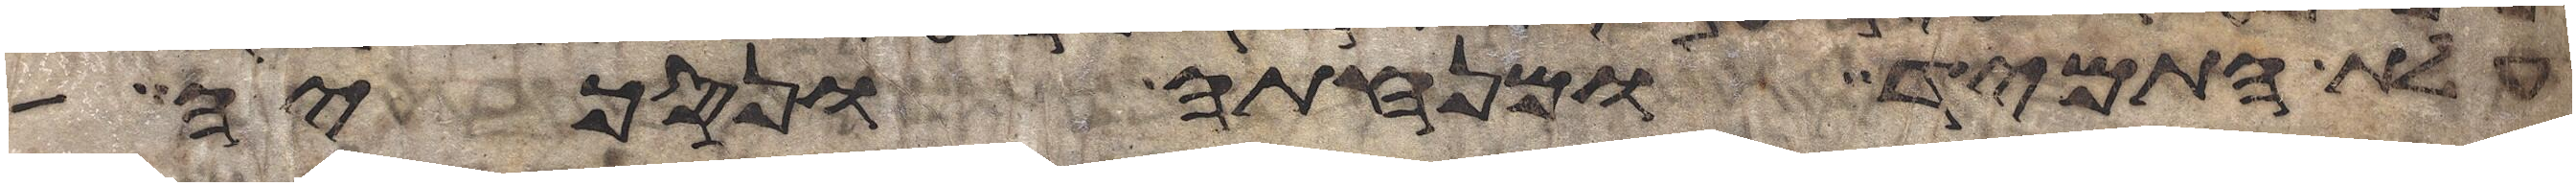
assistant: עלת התמיד ומנחתה ונסכיה